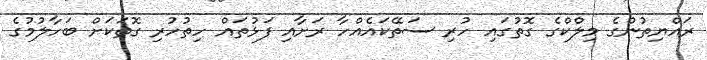
ރައްޔިތުންގެ މިލްކްގެ ގޮތުގައި ހުރި ސަތޭކައެއްހާ ރަށާއި ފަޅުތައް ހިތުހުރި ގޮތަކަށް ބަހާލުމުގެ